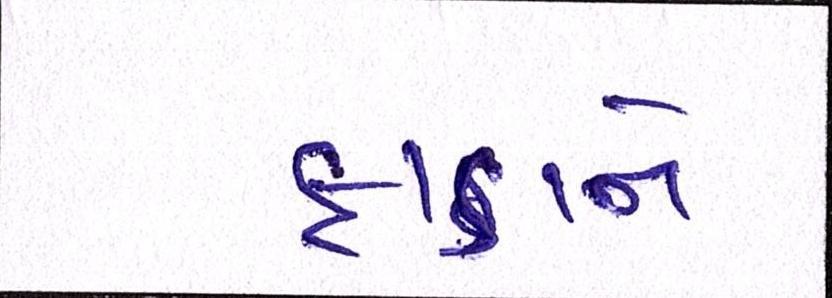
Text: ફાડાને